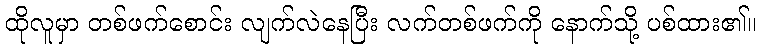
ထိုလူမှာ တစ်ဖက်စောင်း လျက်လဲနေပြီး လက်တစ်ဖက်ကို နောက်သို့ ပစ်ထား၏။